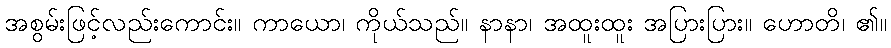
အစွမ်းဖြင့်လည်းကောင်း။ ကာယော၊ ကိုယ်သည်။ နာနာ၊ အထူးထူး အပြားပြား။ ဟောတိ၊ ၏။